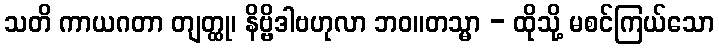
သတိ ကာယဂတာ တျတ္ထု၊ နိဗ္ဗိဒါဗဟုလာ ဘဝ။တသ္မာ - ထိုသို့ မစင်ကြယ်သော